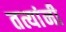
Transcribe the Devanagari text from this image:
तत्यांनी